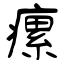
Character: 瘰